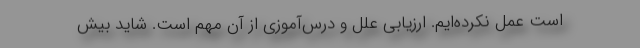
است عمل نکرده‌ایم. ارزیابی علل و درس‌آموزی از آن مهم است. شاید بیش